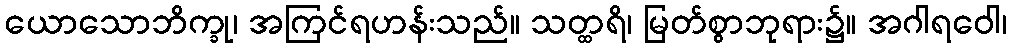
ယောသောဘိက္ခု၊ အကြင်ရဟန်းသည်။ သတ္ထရိ၊ မြတ်စွာဘုရား၌။ အဂါရဝေါ၊